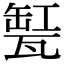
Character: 𤭬